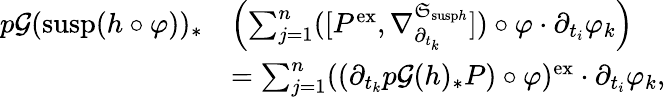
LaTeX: \begin{array}{rl}{p\mathcal{G}(\mathrm{susp}(h\circ\varphi))_{\ast}}&{\left(\sum_{j=1}^{n}(\lbrack P^{\mathrm{ex}},\nabla_{\partial_{t_{k}}}^{\mathfrak{S}_{\mathrm{susp}h}}\rbrack)\circ\varphi\cdot\partial_{t_{i}}\varphi_{k}\right)}\\ &{=\sum_{j=1}^{n}((\partial_{t_{k}}p\mathcal{G}(h)_{\ast}P)\circ\varphi)^{\mathrm{ex}}\cdot\partial_{t_{i}}\varphi_{k},}\end{array}